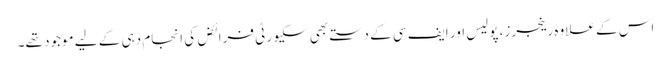
اس کے علاوہ رینجرز، پولیس اور ایف سی کے دستے بھی سکیورٹی فرائض کی انجام دہی کے لیے موجود تھے۔